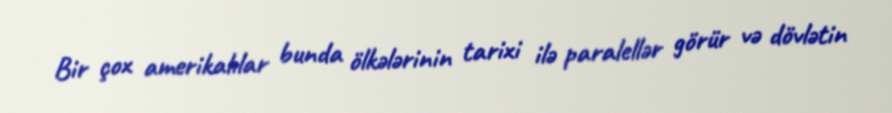
Bir çox amerikalılar bunda ölkələrinin tarixi ilə paralellər görür və dövlətin